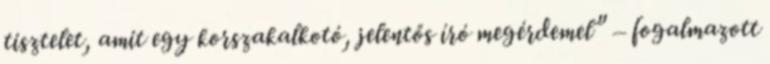
tisztelet, amit egy korszakalkotó, jelentős író megérdemel” – fogalmazott